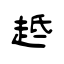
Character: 趆